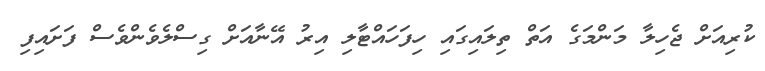
ކުރިއަށް ޖެހިލާ މަންމަގެ އަތް ތިލައިގައި ހިފަހައްޓާލި އިރު އޭނާއަށް ގިސްލެވެންވެސް ފަށައިފި